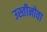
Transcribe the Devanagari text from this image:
उस्तीनोवा